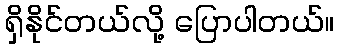
ရှိနိုင်တယ်လို့ ပြောပါတယ်။